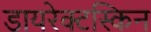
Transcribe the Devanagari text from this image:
डायरेक्टस्किन